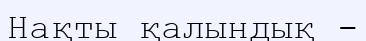
Нақты қалындық -